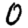
Digit: 0